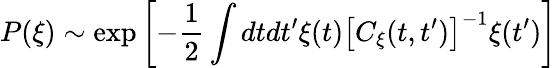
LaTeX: P(\xi)\sim\exp\left[-\displaystyle\frac{1}{2}\int dtdt^{\prime}\xi(t)\big[C_{\xi}(t,t^{\prime})\big]^{-1}\xi(t^{\prime})\right]